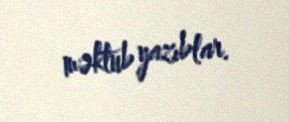
məktub yazıblar.